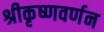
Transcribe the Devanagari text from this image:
श्रीकृष्णवर्णन